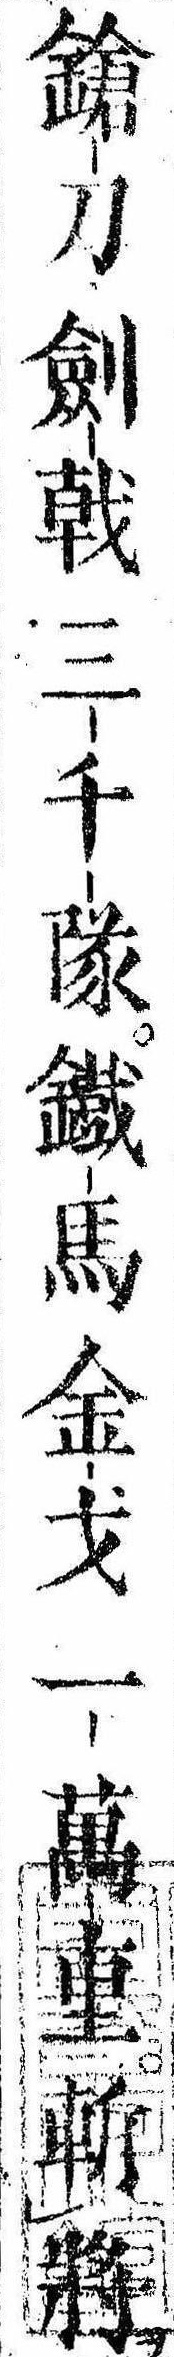
鎗刀剣戟三千隊鉄馬金戈一万重斬将